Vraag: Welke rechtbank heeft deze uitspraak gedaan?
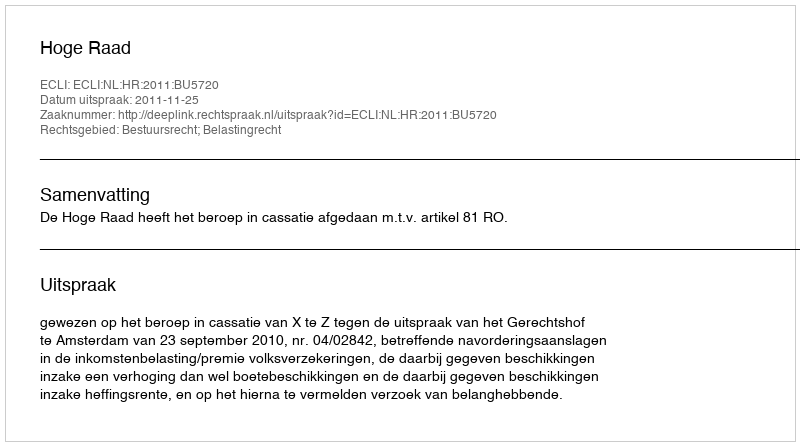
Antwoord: Hoge Raad